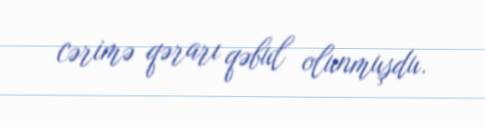
cərimə qərarı qəbul olunmuşdu.